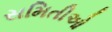
સમિતીઓ